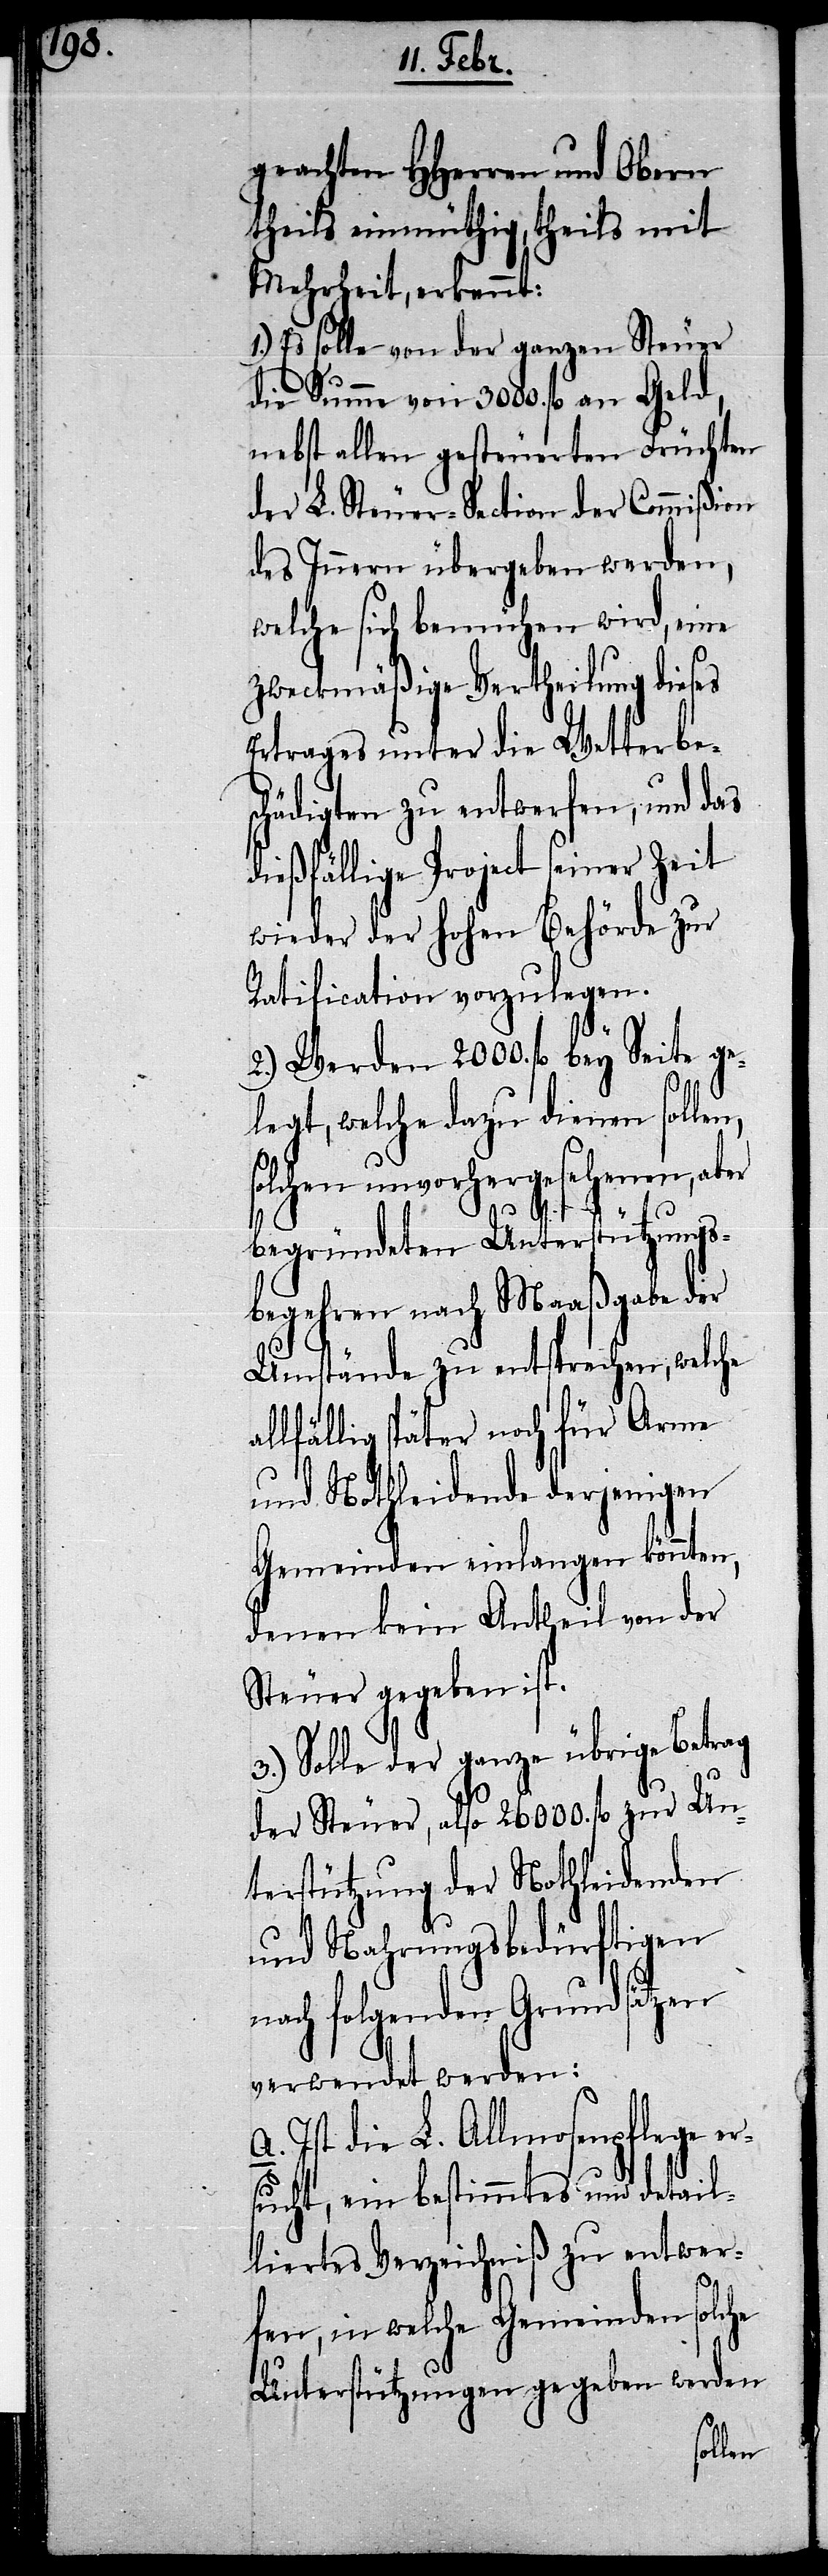
geachten HHerren und Obern
theils einmüthig, theils mit
Mehrheit, erkennt:
1.) Es solle von der ganzen Steuer
die Summe von 3000. fl. an Geld,
nebst allen gesteuerten Früchten
der L. Steuer-Section der Commißion
des Innern übergeben werden,
welche sich bemühen wird, eine
zweckmäßige Vertheilung dieses
Ertrages unter die Wetterbes¬
chädigten zu entwerfen, und das
dießfällige Project seiner Zeit
wieder der hohen Behörde zur
Ratification vorzulegen.
2.) Werden 2000. fl. bey Seite ge¬
legt, welche dazu dienen sollen,
solchen unvorhergesehenen, aber
a¬
begründeten Unterstützungs¬
begehren nach Maaßgabe der
Umstände zu entsprechen, welche
llfällig später noch für Arme
und Nothleidende derjenigen
Gemeinden einlangen könnten,
denen kein Antheil von der
Steuer gegeben ist.
3.) Solle der ganze übrige Betrag
der Steuer, also 26000. fl. zur Un¬
terstützung der Nothleidenden
und Nahrungsbedürftigen
nach folgenden Grundsätzen
verwendet werden:
Ist die L. Allmosenpflege er¬
sucht, ein bestimmtes und detail¬
liertes Verzeichniß zu entwer¬
fen, in welche Gemeinden solche
Unterstützungen gegeben werden